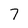
Character: 7